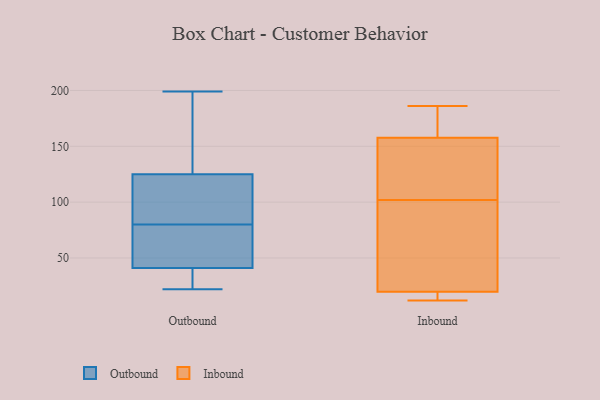
{"axis": {"x": "Temperature (°C)", "y": "Value"}, "legend": ["Inbound", "Outbound"], "data": [{"x": "", "y": 46, "type": "Outbound"}, {"x": "", "y": 79, "type": "Outbound"}, {"x": "", "y": 191, "type": "Outbound"}, {"x": "", "y": 125, "type": "Outbound"}, {"x": "", "y": 37, "type": "Outbound"}, {"x": "", "y": 116, "type": "Outbound"}, {"x": "", "y": 22, "type": "Outbound"}, {"x": "", "y": 41, "type": "Outbound"}, {"x": "", "y": 35, "type": "Outbound"}, {"x": "", "y": 116, "type": "Outbound"}, {"x": "", "y": 199, "type": "Outbound"}, {"x": "", "y": 69, "type": "Outbound"}, {"x": "", "y": 161, "type": "Outbound"}, {"x": "", "y": 27, "type": "Outbound"}, {"x": "", "y": 125, "type": "Outbound"}, {"x": "", "y": 81, "type": "Outbound"}, {"x": "", "y": 168, "type": "Outbound"}, {"x": "", "y": 60, "type": "Outbound"}, {"x": "", "y": 160, "type": "Inbound"}, {"x": "", "y": 12, "type": "Inbound"}, {"x": "", "y": 157, "type": "Inbound"}, {"x": "", "y": 71, "type": "Inbound"}, {"x": "", "y": 118, "type": "Inbound"}, {"x": "", "y": 17, "type": "Inbound"}, {"x": "", "y": 138, "type": "Inbound"}, {"x": "", "y": 94, "type": "Inbound"}, {"x": "", "y": 102, "type": "Inbound"}, {"x": "", "y": 13, "type": "Inbound"}, {"x": "", "y": 24, "type": "Inbound"}, {"x": "", "y": 186, "type": "Inbound"}, {"x": "", "y": 122, "type": "Inbound"}, {"x": "", "y": 20, "type": "Inbound"}, {"x": "", "y": 174, "type": "Inbound"}, {"x": "", "y": 179, "type": "Inbound"}, {"x": "", "y": 19, "type": "Inbound"}]}